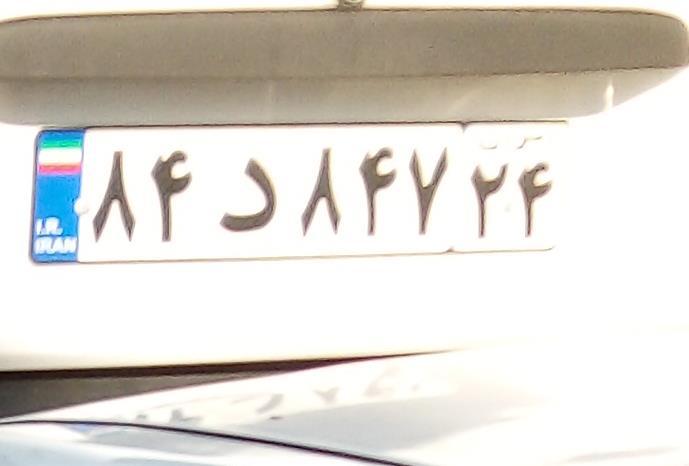
۸۴د۸۴۷۲۴